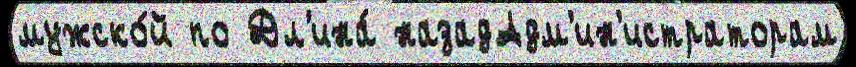
мужско́й по Дл'ина́ назадАдм'ин'истраторам